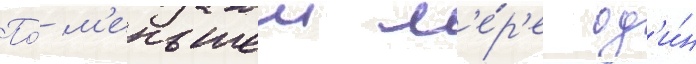
По́ м'еньшеи м'е́р'е од'и́н